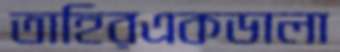
তাহিরএকডালা